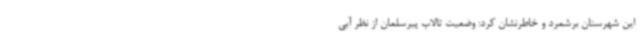
این شهرستان برشمرد و خاطرنشان کرد: وضعیت تالاب پیرسلمان از نظر آبی